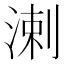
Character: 溂